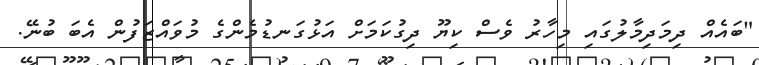
"ބައެއް ދިމަދިމާލުގައި މިހާރު ވެސް ކިޔޫ ދިގުކަމަށް އަޅުގަނޑުމެންގެ މުވައްޒަފުން އެބަ ބުނޭ.